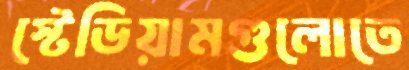
স্টেডিয়ামগুলোতে